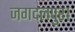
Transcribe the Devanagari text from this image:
जगदलपुर।